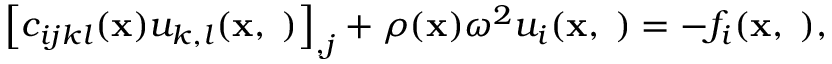
\left[ c _ { i j k l } ( { \bf x } ) u _ { k , l } ( { \bf x , \omega } ) \right] _ { , j } + \rho ( { \bf x } ) \omega ^ { 2 } u _ { i } ( { \bf x , \omega } ) = - f _ { i } ( { \bf x , \omega } ) ,